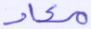
معاد